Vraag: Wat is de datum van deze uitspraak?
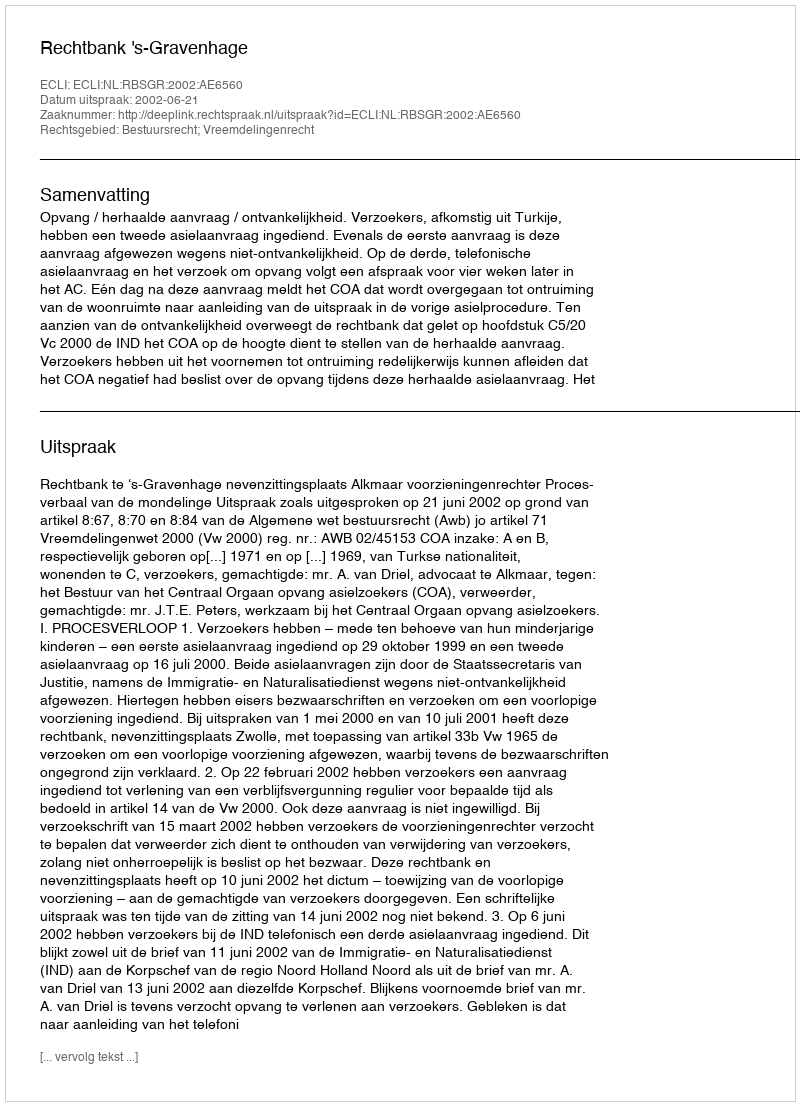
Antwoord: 2002-06-21